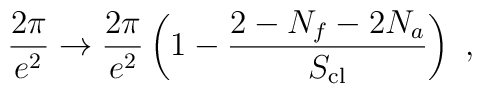
\frac{2\pi}{e^2}\rightarrow \frac{2\pi}{e^2}\left(1-\frac{2-N_f-2N_a}{S_{\rm cl}}\right)\ ,